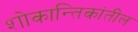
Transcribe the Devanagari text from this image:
शोकान्तिकांतील